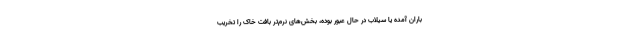
باران آمده یا سیلاب در حال عبور بوده، بخش‌های نرم‌تر بافت خاک را تخریب